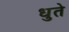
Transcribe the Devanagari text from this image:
धुते